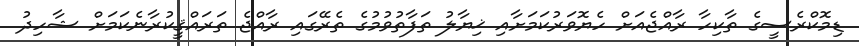
ޑިމޮކްރެސީގެ ތާކިހާ ރާއްޖެއަށް ހެޔޮވަރުކަމަށާއި ޚިޔާލު ތަފާތުވުމުގެ ތެރޭގައި ރާއްޖެ ތަރައްޤީކުރާނެކަމަށް ޝާހިދު